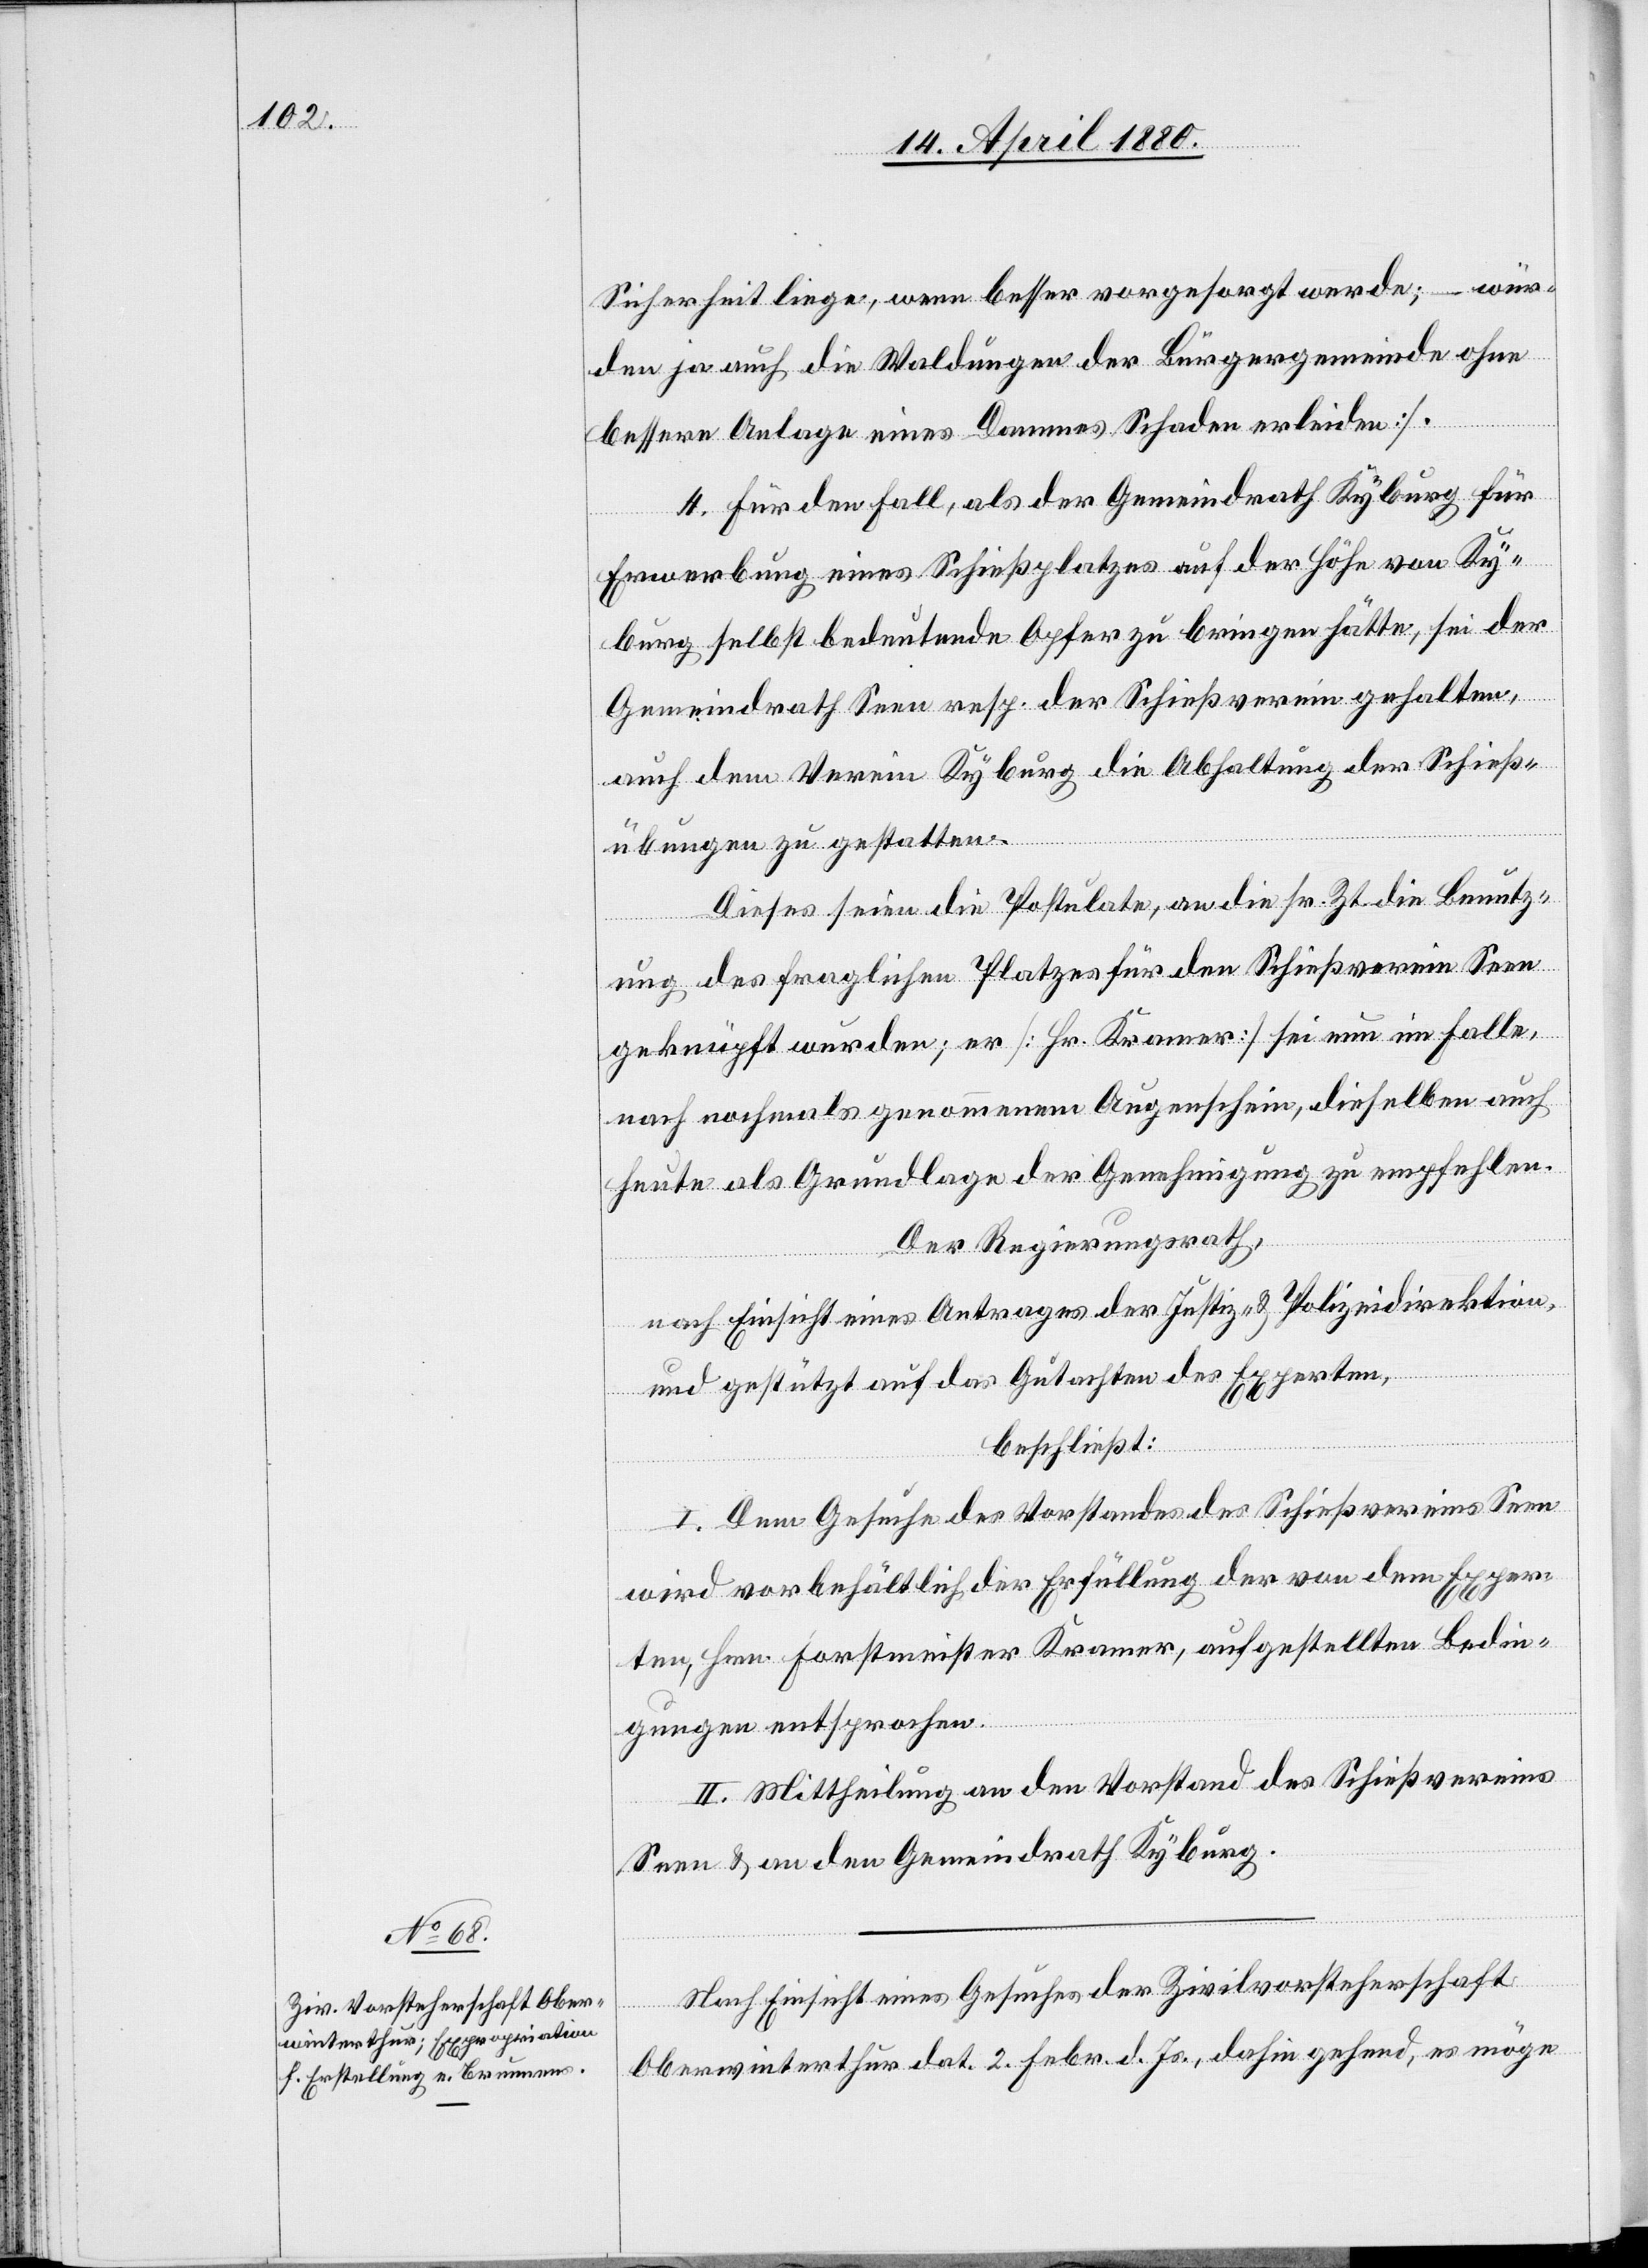
Sicherheit liege, wenn besser vorgesorgt werde; – wür¬
den ja auch die Waldungen der Bürgergemeinde ohne
bessere Anlage eines Dammes Schaden erleiden].
4. Für den Fall, als der Gemeindrath Kyburg für
Erwerbung eines Schießplatzes auf der Höhe von Ky¬
burg selbst bedeutende Opfer zu bringen hätte, sei der
Gemeindrath Seen resp. der Schießverein gehalten,
auch dem Verein Kyburg die Abhaltung der Schieß¬
übungen zu gestatten.
Dieses seien die Postulate, an die sr. Zt. die Benutz¬
ung des fraglichen Platzes für den Schießverein Seen
geknüpft wurden; er [Hr. Kramer] sei nun im Falle,
nach nochmals genommenem Augenschein, dieselben auch
heute als Grundlage der Genehmigung zu empfehlen.
Der Regierungsrath,
nach Einsicht eines Antrages der Justiz- & Polizeidirektion,
und gestützt auf das Gutachten des Experten,
beschließt:
I. Dem Gesuche des Vorstandes des Schießvereins Seen
wird vorbehältlich der Erfüllung der von dem Exper¬
ten, Hrn. Forstmeister Kramer, aufgestellten Bedin¬
gungen entsprochen.
II. Mittheilung an den Vorstand des Schießvereins
Seen & an den Gemeindrath Kyburg.
Nach Einsicht eines Gesuches der Zivilvorsteherschaft
Oberwinterthur dat. 2. Febr. d. Js., dahin gehend, es möge